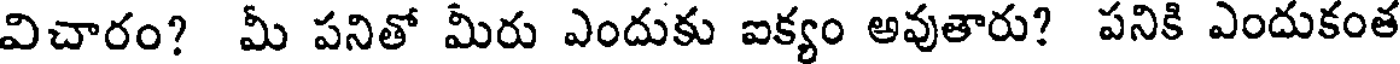
విచారం? మీ పనితో మీరు ఎందుకు ఐక్యం అవుతారు? పనికి ఎందుకంత